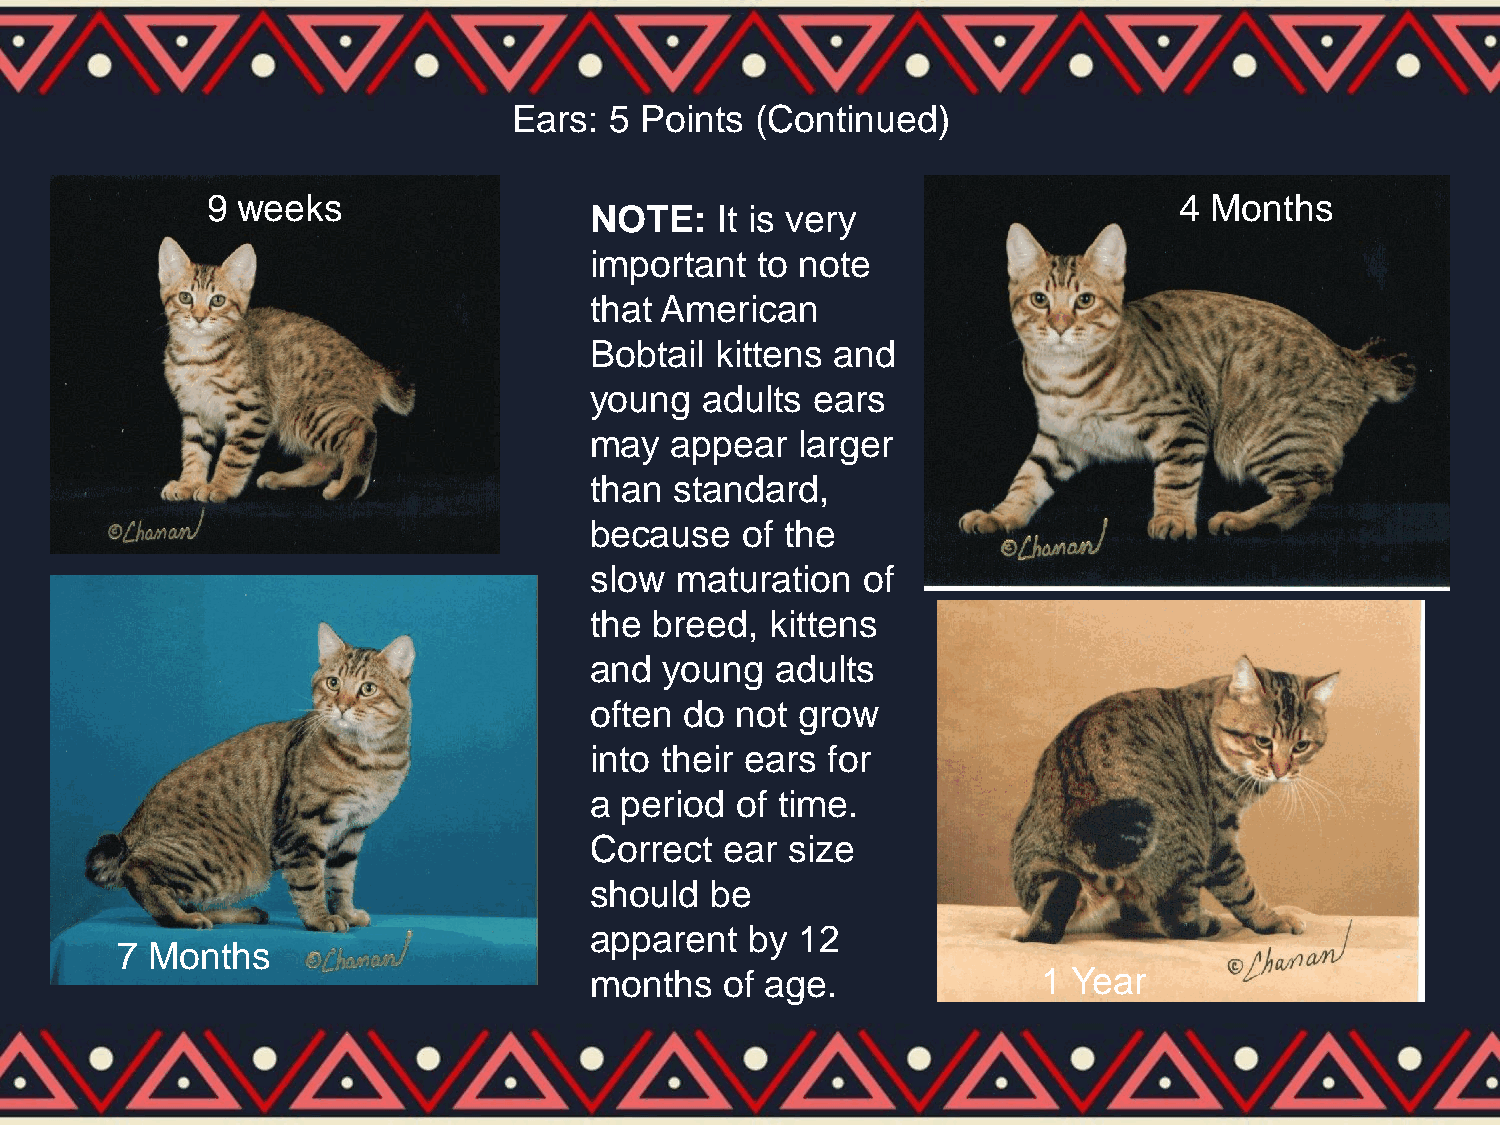
Ears: 5 Points  (Continued)
 9 weeks                                                         4 Months
 NOTE:   It is very
 important  to note
 that American
 Bobtail kittens and
 young   adults ears
 may  appear   larger
 than  standard,
 because   of the
 slow  maturation  of
 the breed,  kittens
 and  young  adults
 often do  not grow
 into their ears for
 a period  of time.
 Correct  ear size
 should  be
 apparent   by 12
 7 Months
 months   of age.              1 Year